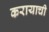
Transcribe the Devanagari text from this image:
करायाची